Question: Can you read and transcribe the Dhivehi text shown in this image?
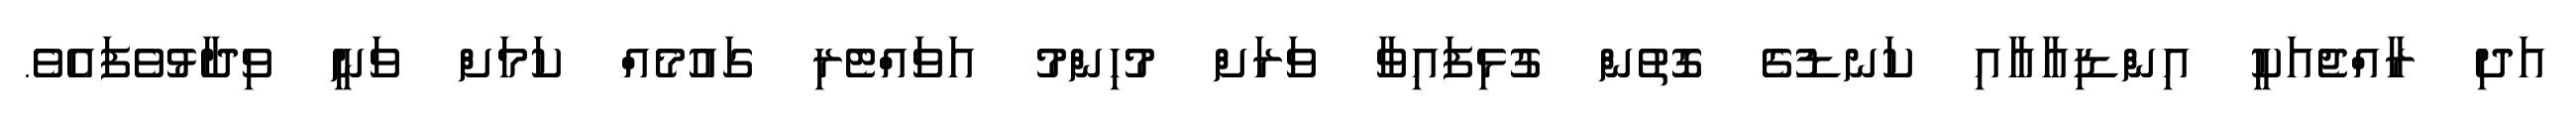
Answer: އަދި ރާއްޖެއަކީ އިންޑިއާއާއި ކަނޑުގެ ގޮތުން ގުޅިފައިވާ ވަރަށް މުހިންމު އަވައްޓެރި ގައުމެއް ކަމަށް ވަނީ ވިދާޅުވެފައެވެ.